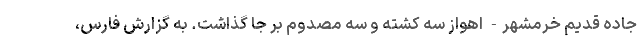
جاده قدیم خرمشهر- اهواز سه کشته و سه مصدوم بر جا گذاشت. به گزارش فارس،